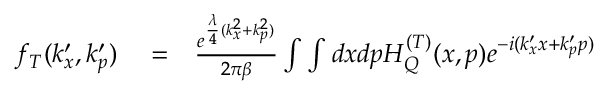
\begin{array} { r l r } { f _ { T } ( k _ { x } ^ { \prime } , k _ { p } ^ { \prime } ) } & { { } = } & { \frac { e ^ { \frac { \lambda } { 4 } ( k _ { x } ^ { 2 } + k _ { p } ^ { 2 } ) } } { 2 \pi \beta } \int \int d x d p H _ { Q } ^ { ( T ) } ( x , p ) e ^ { - i ( k _ { x } ^ { \prime } x + k _ { p } ^ { \prime } p ) } } \end{array}